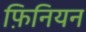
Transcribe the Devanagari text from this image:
फ़िनियन